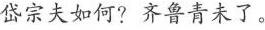
岱宗夫如何?齐鲁青未了。